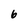
Character: 6